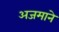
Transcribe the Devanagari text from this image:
अजमाने